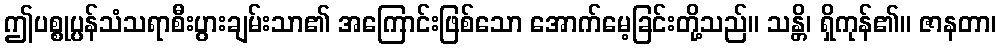
ဤပစ္စုပ္ပန်သံသရာစီးပွားချမ်းသာ၏ အကြောင်းဖြစ်သော အောက်မေ့ခြင်းတို့သည်။ သန္တိ၊ ရှိကုန်၏။ ဇာနတာ၊